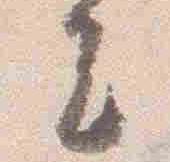
今